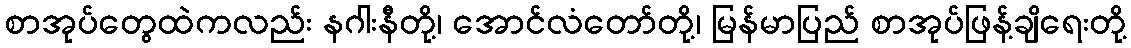
စာအုပ်တွေထဲကလည်း နဂါးနီတို့၊ အောင်လံတော်တို့၊ မြန်မာပြည် စာအုပ်ဖြန့်ချိရေးတို့